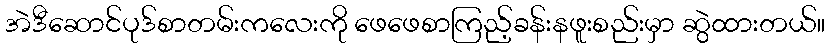
အဲဒီဆောင်ပုဒ်စာတမ်းကလေးကို ဖေဖေစာကြည့်ခန်းနဖူးစည်းမှာ ဆွဲထားတယ်။